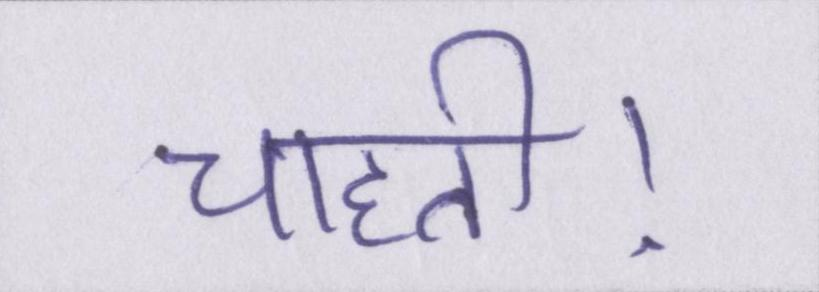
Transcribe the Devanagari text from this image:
चाहती।